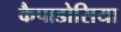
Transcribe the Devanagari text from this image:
कैपाडोसिया